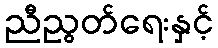
ညီညွတ်ရေးနှင့်